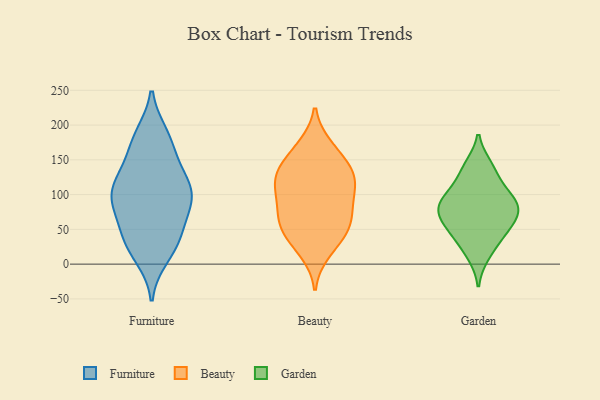
{"axis": {"x": "Production Output", "y": "Value"}, "legend": ["Beauty", "Furniture", "Garden"], "data": [{"x": "", "y": 89, "type": "Furniture"}, {"x": "", "y": 40, "type": "Furniture"}, {"x": "", "y": 105, "type": "Furniture"}, {"x": "", "y": 54, "type": "Furniture"}, {"x": "", "y": 97, "type": "Furniture"}, {"x": "", "y": 129, "type": "Furniture"}, {"x": "", "y": 22, "type": "Furniture"}, {"x": "", "y": 121, "type": "Furniture"}, {"x": "", "y": 153, "type": "Furniture"}, {"x": "", "y": 86, "type": "Furniture"}, {"x": "", "y": 49, "type": "Furniture"}, {"x": "", "y": 180, "type": "Furniture"}, {"x": "", "y": 178, "type": "Furniture"}, {"x": "", "y": 28, "type": "Furniture"}, {"x": "", "y": 185, "type": "Furniture"}, {"x": "", "y": 92, "type": "Furniture"}, {"x": "", "y": 121, "type": "Furniture"}, {"x": "", "y": 11, "type": "Furniture"}, {"x": "", "y": 96, "type": "Furniture"}, {"x": "", "y": 105, "type": "Beauty"}, {"x": "", "y": 131, "type": "Beauty"}, {"x": "", "y": 130, "type": "Beauty"}, {"x": "", "y": 81, "type": "Beauty"}, {"x": "", "y": 130, "type": "Beauty"}, {"x": "", "y": 170, "type": "Beauty"}, {"x": "", "y": 27, "type": "Beauty"}, {"x": "", "y": 60, "type": "Beauty"}, {"x": "", "y": 168, "type": "Beauty"}, {"x": "", "y": 49, "type": "Beauty"}, {"x": "", "y": 60, "type": "Beauty"}, {"x": "", "y": 94, "type": "Beauty"}, {"x": "", "y": 47, "type": "Beauty"}, {"x": "", "y": 114, "type": "Beauty"}, {"x": "", "y": 97, "type": "Beauty"}, {"x": "", "y": 63, "type": "Beauty"}, {"x": "", "y": 17, "type": "Beauty"}, {"x": "", "y": 147, "type": "Beauty"}, {"x": "", "y": 131, "type": "Beauty"}, {"x": "", "y": 91, "type": "Garden"}, {"x": "", "y": 13, "type": "Garden"}, {"x": "", "y": 135, "type": "Garden"}, {"x": "", "y": 109, "type": "Garden"}, {"x": "", "y": 141, "type": "Garden"}, {"x": "", "y": 73, "type": "Garden"}, {"x": "", "y": 47, "type": "Garden"}, {"x": "", "y": 71, "type": "Garden"}, {"x": "", "y": 74, "type": "Garden"}, {"x": "", "y": 34, "type": "Garden"}, {"x": "", "y": 96, "type": "Garden"}, {"x": "", "y": 53, "type": "Garden"}, {"x": "", "y": 87, "type": "Garden"}]}